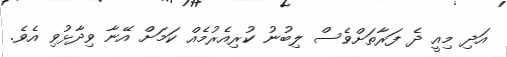
އަދި މިއީ ދެ ފަރާތަށްވެސް ލިބުނު ކުރިއެރުމެއް ކަމަށް އޭނާ ވިދާޅުވި އެވެ.